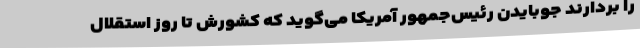
را بردارند جوبایدن رئیس‌جمهور آمریکا می‌گوید که کشورش تا روز استقلال